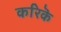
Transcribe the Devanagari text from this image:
करिकॆ